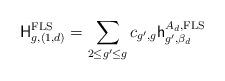
LaTeX: \begin{align*} \mathsf{H}^{\textup{FLS}}_{g,(1,d)} = \sum_{2 \leq g' \leq g} c_{g',g} \mathsf{h}^{A_d, \textup{FLS}}_{g', \beta_d} \end{align*}